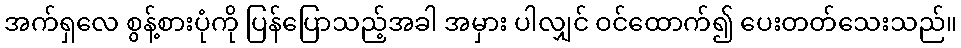
အက်ရှလေ စွန့်စားပုံကို ပြန်ပြောသည့်အခါ အမှား ပါလျှင် ဝင်ထောက်၍ ပေးတတ်သေးသည်။